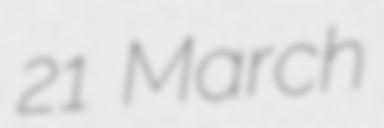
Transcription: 21 March